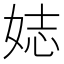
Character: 娡